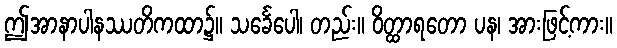
ဤအာနာပါနဿတိကထာ၌။ သင်္ခေပေါ၊ တည်း။ ဝိတ္ထာရတော ပန၊ အားဖြင့်ကား။